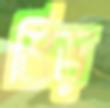
ভিড়